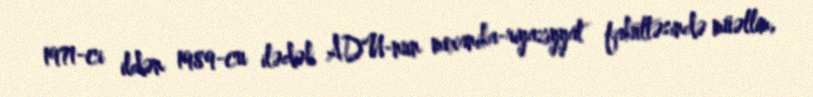
1971-ci ildən 1989-cu ilədək ADU-nun mexanika-riyaziyyat fakültəsində müəllim,